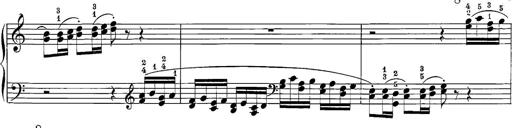
Title: 12 Sonatine per Pianoforte
Composer: Friedrich Kuhlau